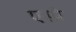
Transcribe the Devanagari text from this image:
एस्प्रे